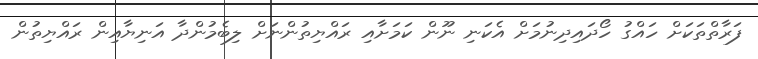
ފަރާތްތަކަށް ހައްގު ހޯދައިދިނުމަށް އެކަނި ނޫން ކަމަށާއި ރައްޔިތުންނަށް ލިބެމުންދާ އަނިޔާއިން ރައްޔިތުން